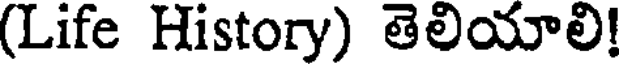
(Life History) తెలియాలి!